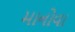
માનોવા